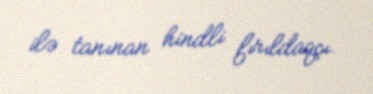
ilə tanınan hindli fırıldaqçı.